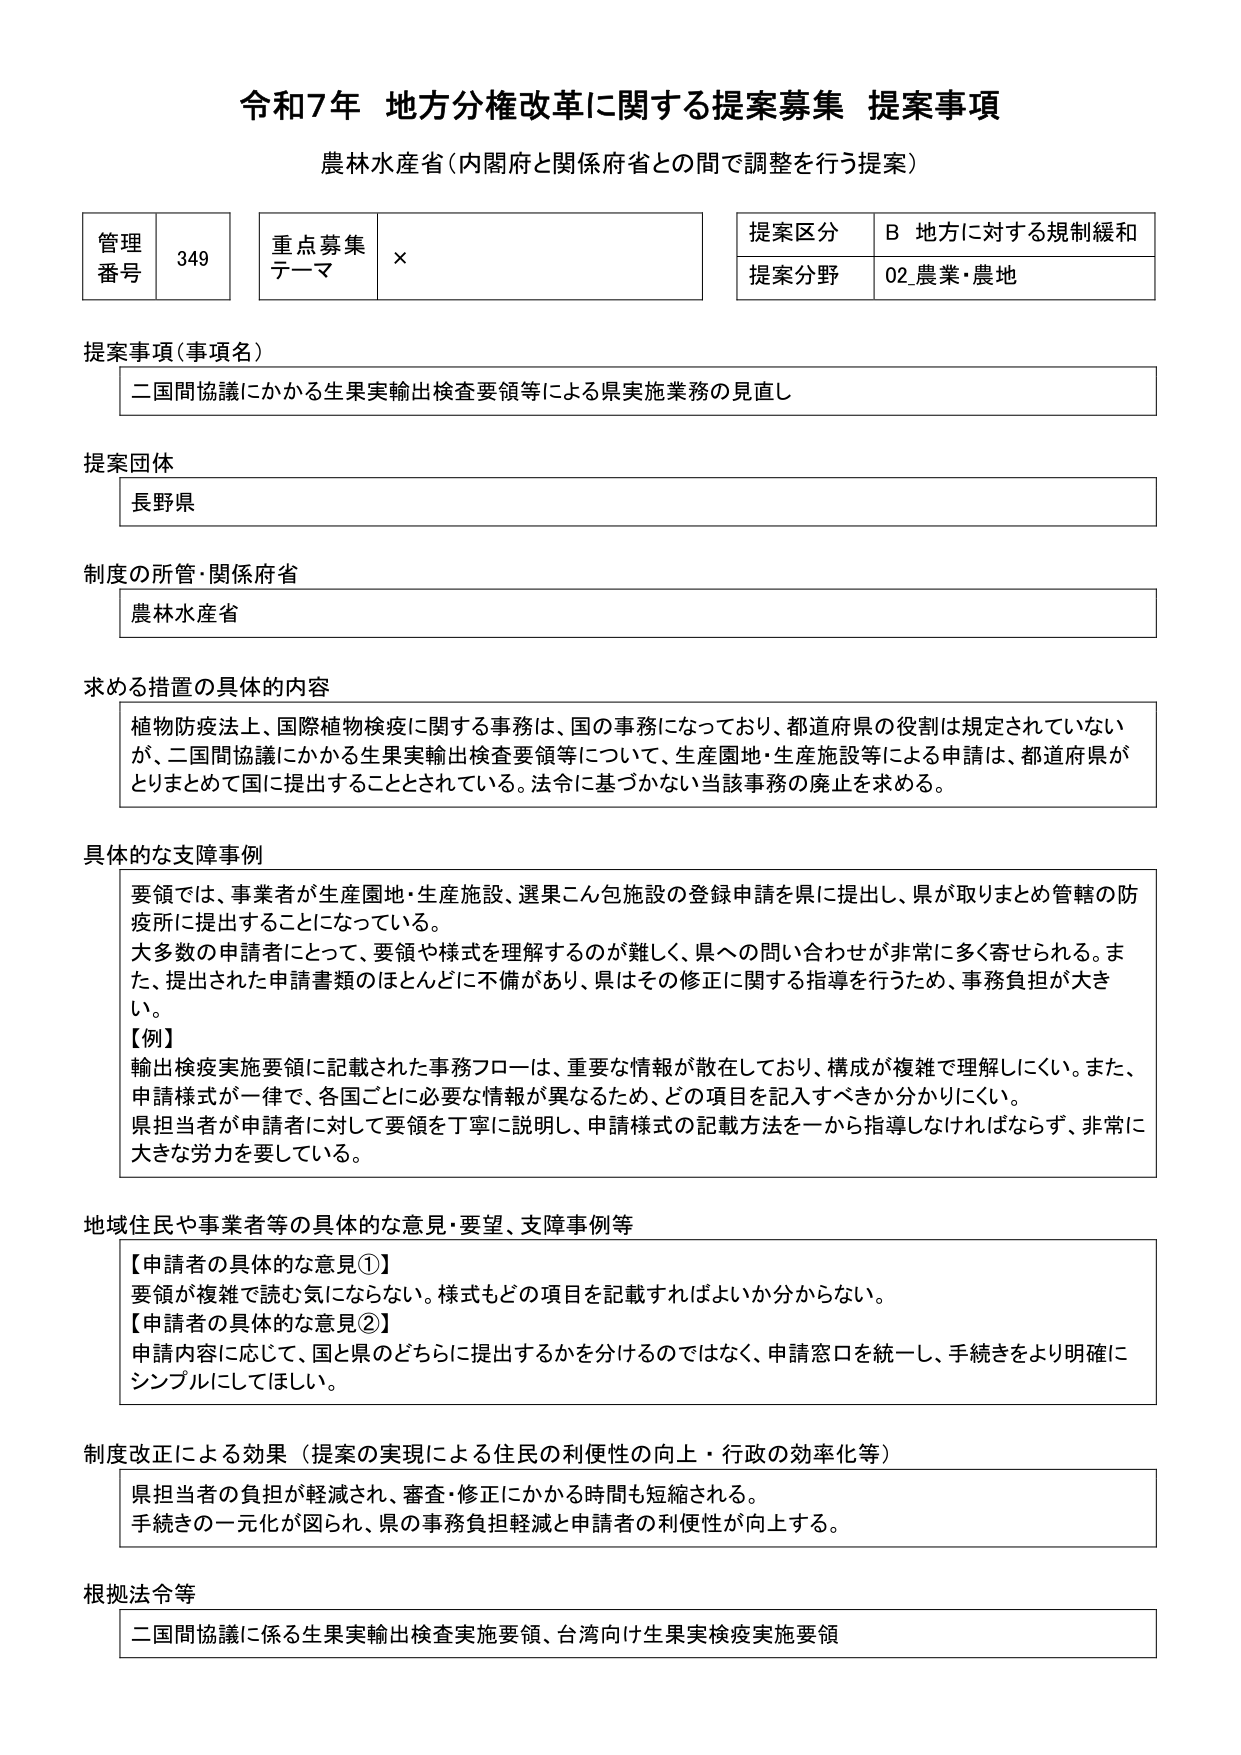
令和7年 地方分権改革に関する提案募集 提案事項
農林水産省（内閣府と関係府省との間で調整を行う提案）

管理番号 349
重点募集テーマ ×
提案区分 B 地方に対する規制緩和
提案分野 02 農業・農地

提案事項（事項名）
二国間協議にかかる生果実輸出検査要領等による県実施業務の見直し

提案団体
長野県

制度の所管・関係府省
農林水産省

求める措置の具体的内容
植物防疫法上、国際植物検疫に関する事務は、国の事務になっており、都道府県の役割は規定されていないが、二国間協議にかかる生果実輸出検査要領等について、生産園地・生産施設等による申請は、都道府県がとりまとめて国に提出することとされている。法令に基づかない当該事務の廃止を求める。

具体的な支障事例
要領では、事業者が生産園地・生産施設、選果こん包施設の登録申請を県に提出し、県が取りまとめ管轄の防疫所に提出することになっている。
大多数の申請者にとって、要領や様式を理解するのが難しく、県への問い合わせが非常に多く寄せられる。また、提出された申請書類のほとんどに不備があり、県はその修正に関する指導を行うため、事務負担が大きい。
【例】
輸出検疫実施要領に記載された事務フローは、重要な情報が散在しており、構成が複雑で理解しにくい。また、申請様式が一律で、各国ごとに必要な情報が異なるため、どの項目を記入すべきか分かりにくい。
県担当者が申請者に対して要領を丁寧に説明し、申請様式の記載方法を一から指導しなければならず、非常に大きな労力を要している。

地域住民や事業者等の具体的な意見・要望、支障事例等
【申請者の具体的な意見①】
要領が複雑で読む気にならない。様式もどの項目を記載すればよいか分からない。
【申請者の具体的な意見②】
申請内容に応じて、国と県のどちらに提出するかを分けるのではなく、申請窓口を統一し、手続きをより明確にシンプルにしてほしい。

制度改正による効果（提案の実現による住民の利便性の向上・行政の効率化等）
県担当者の負担が軽減され、審査・修正にかかる時間も短縮される。
手続きの一元化が図られ、県の事務負担軽減と申請者の利便性が向上する。

根拠法令等
二国間協議に係る生果実輸出検査実施要領、台湾向け生果実検疫実施要領